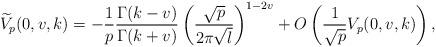
LaTeX: \begin{align*} \widetilde{V}_p(0,v,k)=-\frac{1}{p}\frac{\Gamma(k-v)}{\Gamma(k+v)}\left(\frac{\sqrt{p}}{2\pi\sqrt{l}}\right)^{1-2v}+O\left( \frac{1}{\sqrt{p}}V_p(0,v,k)\right),\end{align*}